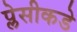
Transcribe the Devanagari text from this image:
प्लेसीकडे